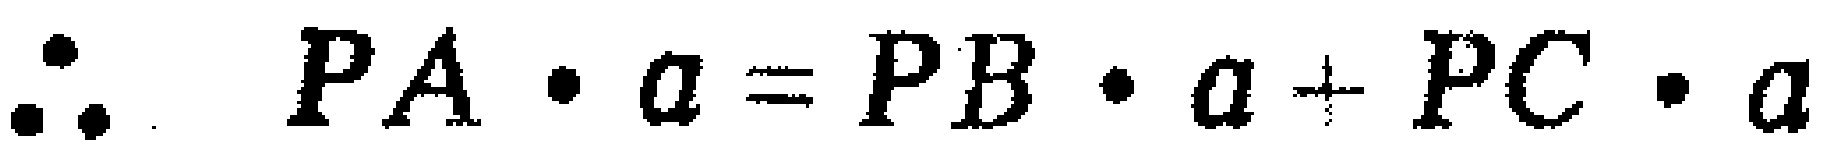
\(\therefore\ PA\cdot a = PB\cdot a + PC\cdot a\)